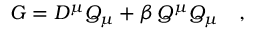
G = D ^ { \mu } Q _ { \mu } + \beta \, Q ^ { \mu } Q _ { \mu } \quad ,